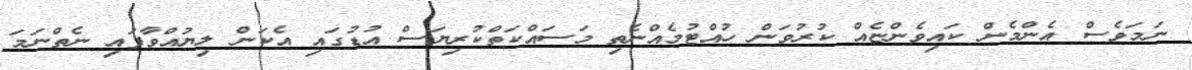
ނަމަވެސް އެންމެން ކައިވެންޏެއް ކުރުވަން ހުއްޓުމެއްނެތި މަސައްކަތްކުރިޔަސް އުޑުގައި އެކަން ލިޔުއްވާފައި ނެތްނަމަ